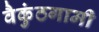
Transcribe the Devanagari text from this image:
वैकुंठगामी